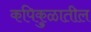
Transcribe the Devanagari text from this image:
कपिकुळातील